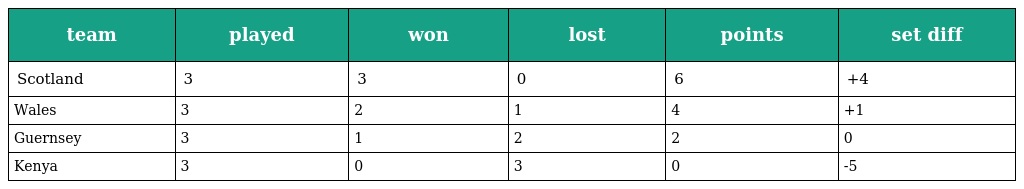
| team | played | won | lost | points | set diff |
 | --- | --- | --- | --- | --- | --- |
 | Scotland | 3 | 3 | 0 | 6 | +4 |
 | Wales | 3 | 2 | 1 | 4 | +1 |
 | Guernsey | 3 | 1 | 2 | 2 | 0 |
 | Kenya | 3 | 0 | 3 | 0 | -5 |